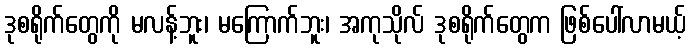
ဒုစရိုက်တွေကို မလန့်ဘူး၊ မကြောက်ဘူး၊ အကုသိုလ် ဒုစရိုက်တွေက ဖြစ်ပေါ်လာမယ့်